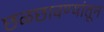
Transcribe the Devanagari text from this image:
छळछावण्यांतून